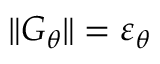
\| G _ { \theta } \| = \varepsilon _ { \theta }